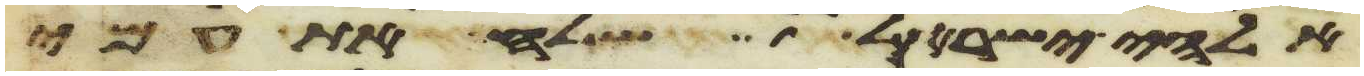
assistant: אלהי ישראל שלח את עמי